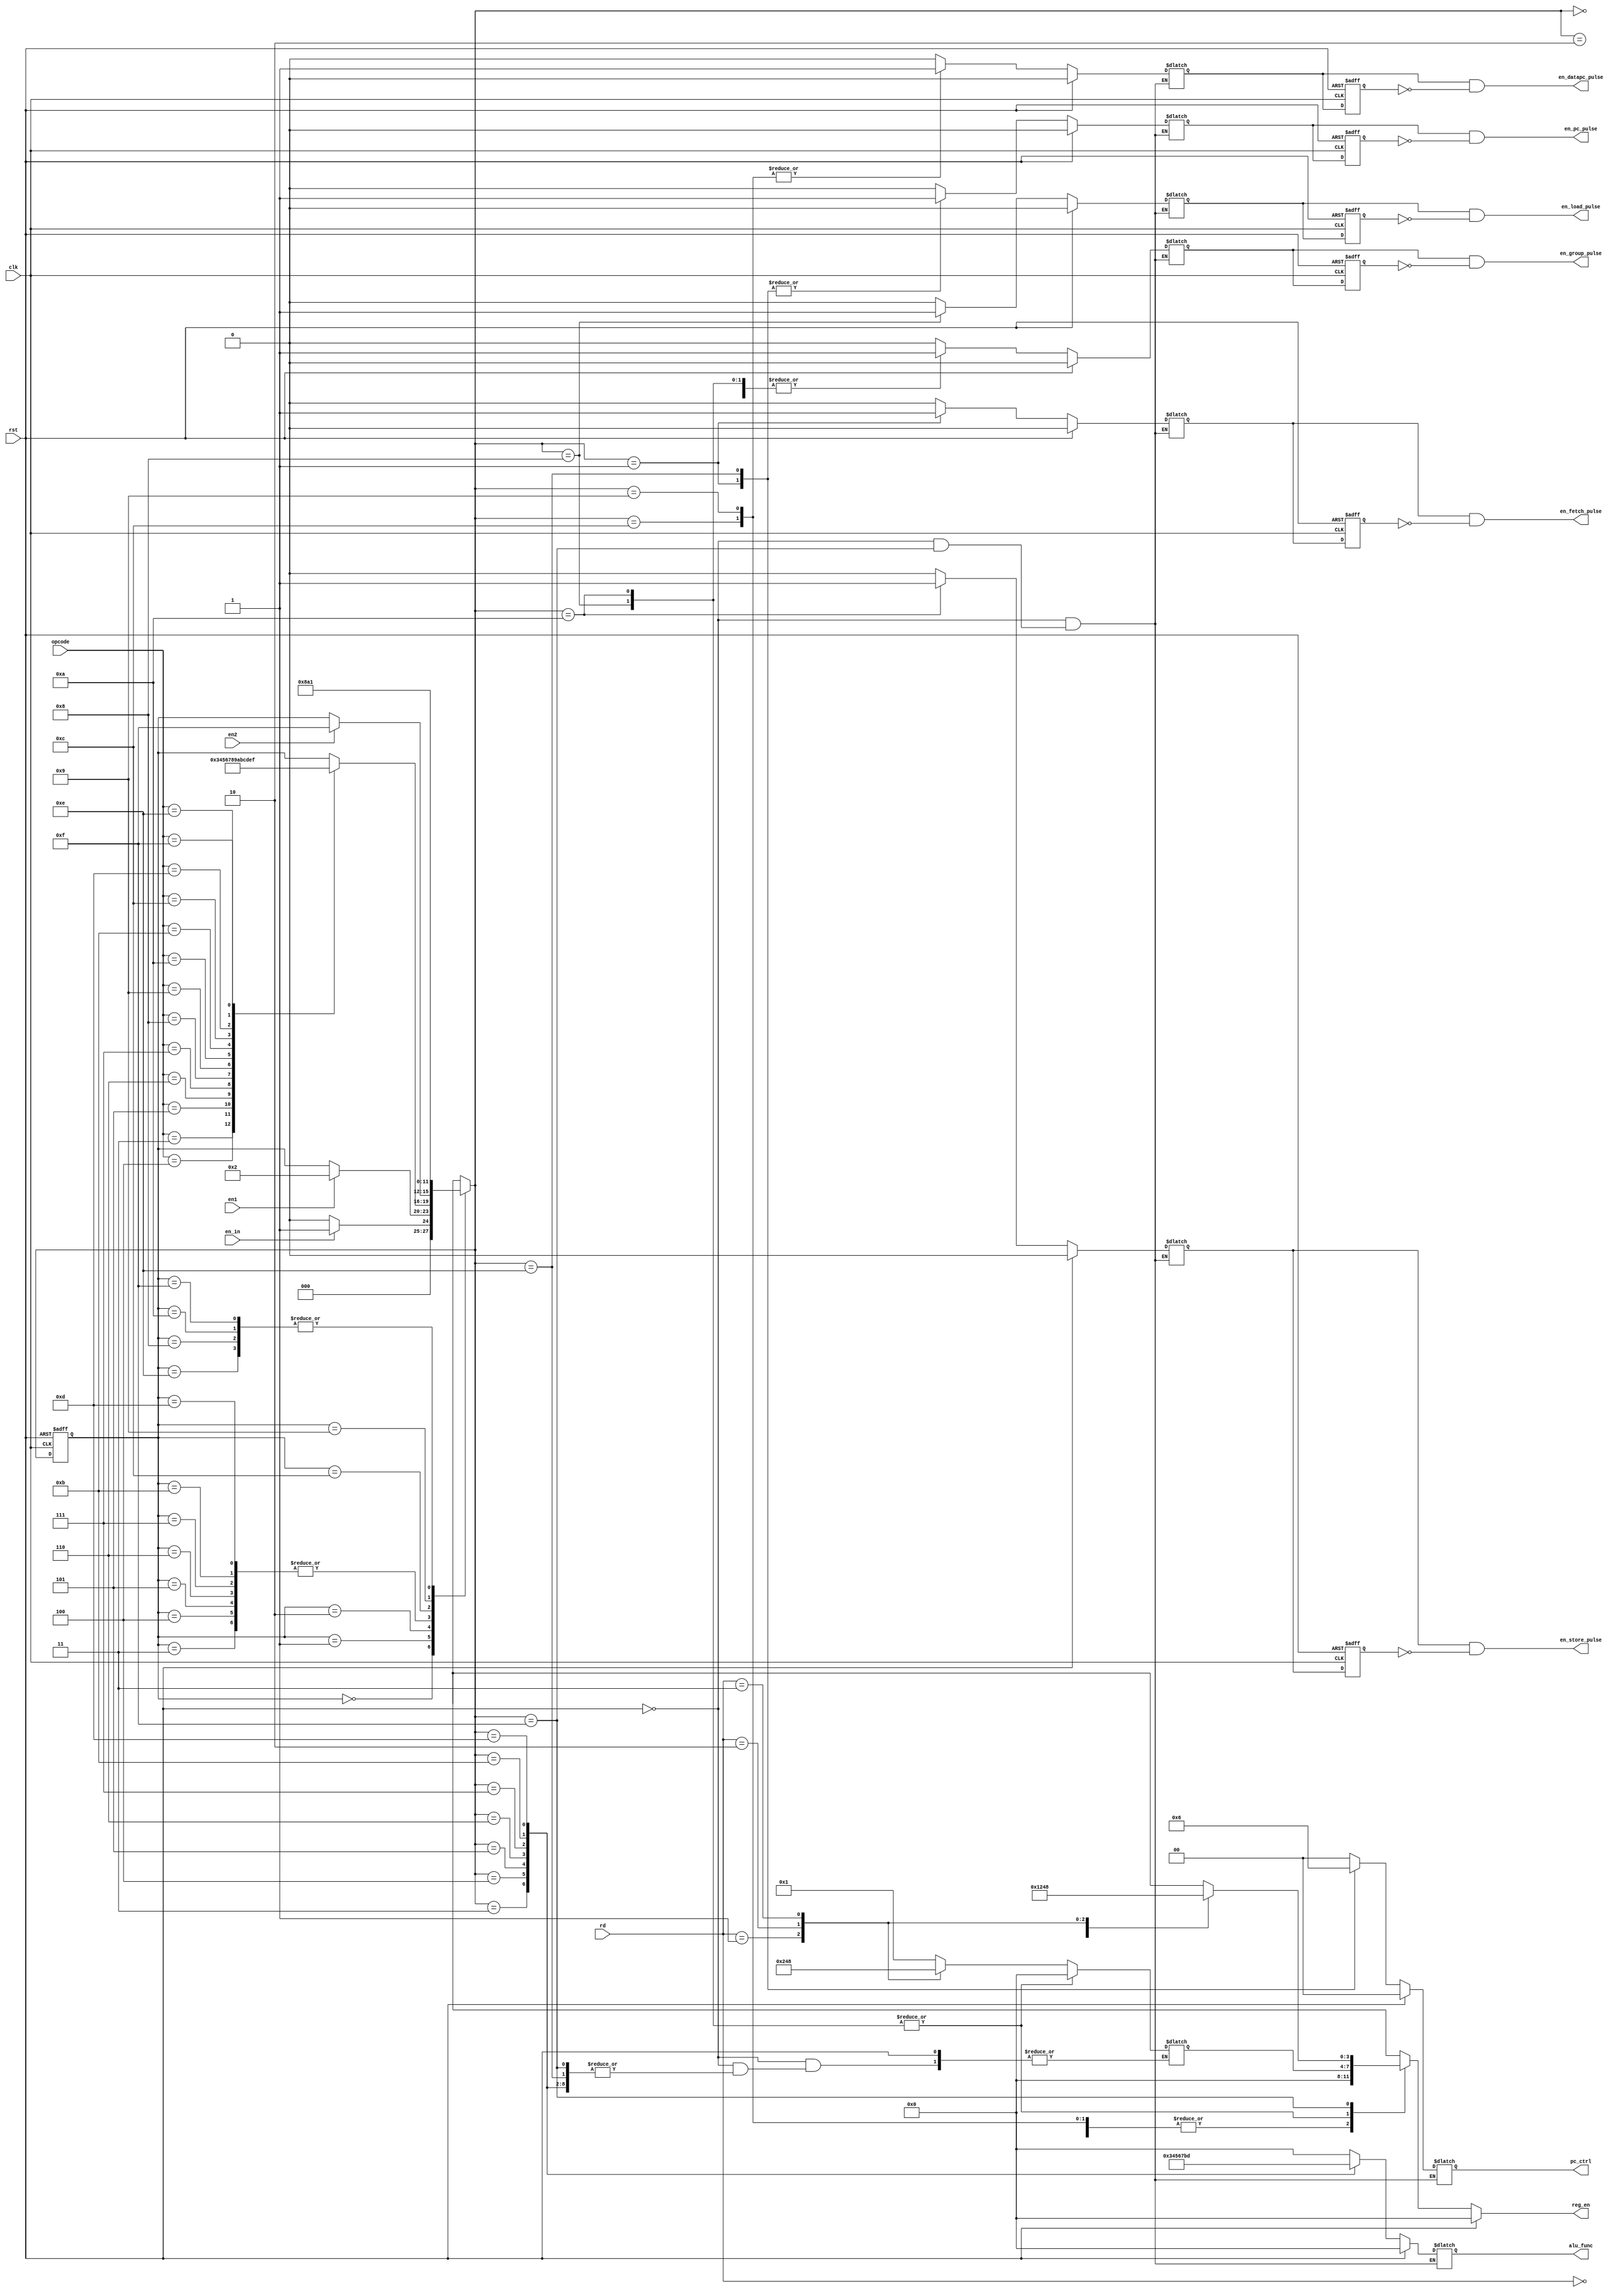
`timescale 1ns / 1ps
//////////////////////////////////////////////////////////////////////////////////
// Company:
// Engineer:
//
// Design Name:
// Module Name: state_transition
// Project Name:
// Target Devices:
// Tool Versions:
// Description:
//
// Dependencies:
//
// Revision:
// Revision 0.01 - File Created
// Additional Comments:
//
//////////////////////////////////////////////////////////////////////////////////


module state_transition(clk,
                        rst,
                        en_in,
                        en1,
                        en2,
                        rd,
                        opcode,
                        en_fetch_pulse,
                        en_group_pulse,
                        en_pc_pulse,
                        en_datapc_pulse,
                        en_load_pulse,
                        en_store_pulse,
                        pc_ctrl,
                        reg_en,
                        alu_func
                        );
    input clk,rst;
    input en_in;
    input en1;
    input en2;
    input [1:0] rd;
    input [3:0] opcode;
    output reg en_load_pulse;
    output reg en_store_pulse;
    output reg en_fetch_pulse;
    output reg en_group_pulse;
    output reg en_pc_pulse;
    output reg en_datapc_pulse;
    output reg [1:0] pc_ctrl;
    output reg [3:0] reg_en;
    output reg [3:0] alu_func;
    reg en_load_reg,en_load;//load
    reg en_store_reg,en_store;//store
    reg en_fetch_reg,en_fetch;//fetch
    reg en_group_reg,en_group;
    reg en_pc_reg,en_pc;
    reg en_datapc_reg,en_datapc;
    reg [3:0] current_state,next_state;
    reg [3:0] stateofreg_en;//loadreg_en
    
    

    parameter Initial       = 4'b0000;//0
    parameter Fetch         = 4'b0001;//1
    parameter Decode        = 4'b0010;//2
    parameter Execute_Mov = 4'b0011;//3     
    parameter Execute_Add   = 4'b0100;//4
    parameter Execute_Sub   = 4'b0101;//5
    parameter Execute_Mul  = 4'b0110;//6
    parameter Execute_Div    = 4'b0111;//7
    parameter Execute_GetDataAndLoad  = 4'b1000;//8,GetDataAndLoad

    parameter Execute_Store  = 4'b1001;//9,store
    parameter Execute_GetDataAndStore  = 4'b1010;//a,GetDataAndStore
    parameter Execute_Comp = 4'b1011;//b
    parameter Execute_Load   = 4'b1100;//c,load
    parameter Execute_rs   = 4'b1101;//d
    parameter Execute_Jump =4'b1110;//e,jump
    parameter Write_back    = 4'b1111;//f
    
    always @ (posedge clk or posedge rst) begin
        if (rst)
            current_state <= Initial;
        else
            current_state <= next_state;
    end
    
    always @ (current_state or en_in or en1 or en2 or opcode) begin
        case (current_state)
            Initial: begin
                if (en_in)
                    next_state = Fetch;
                else
                    next_state = Initial;
            end
            Fetch: begin
                if (en1)
                    next_state = Decode;
                else
                    next_state = current_state;
            end
            Decode: begin
                case(opcode)
                    4'b0011: next_state = Execute_Mov;
                    4'b0100: next_state = Execute_Add;
                    4'b0101: next_state = Execute_Sub;
                    4'b0110: next_state = Execute_Mul;
                    4'b0111: next_state = Execute_Div;
                    4'b1000: next_state = Execute_GetDataAndLoad;
                    
                    4'b1001: next_state = Execute_Store;
                    4'b1010: next_state = Execute_GetDataAndStore;
                    4'b1011: next_state = Execute_Comp;
                    4'b1100: next_state = Execute_Load;
                    4'b1101: next_state = Execute_rs;
                    4'b1110: next_state=Execute_Jump;
                    4'b1111: next_state=Write_back;
                    
                    default: next_state = current_state;
                endcase
            end
            Execute_Mov: begin
                if (en2)
                    next_state = Write_back;
                else
                    next_state = current_state;
            end
            Execute_Add: begin
                if (en2)
                    next_state = Write_back;
                else
                    next_state = current_state;
            end
            Execute_Sub: begin
                if (en2)
                    next_state = Write_back;
                else
                    next_state = current_state;
            end
            Execute_Mul: begin
                if (en2)
                    next_state = Write_back;
                else
                    next_state = current_state;
            end
            Execute_Div: begin
                if (en2)
                    next_state = Write_back;
                else
                    next_state = current_state;
            end
            
            Execute_Comp:begin
                if (en2)
                    next_state = Write_back;
                else
                    next_state = current_state;
            end
            
            Execute_rs:begin
                if (en2)
                    next_state = Write_back;
                else
                    next_state = current_state;
            end

            Execute_Jump: next_state = Fetch;
            Execute_Load: next_state = Execute_GetDataAndLoad;
            Execute_GetDataAndLoad: next_state = Fetch;
            Execute_Store: next_state =Execute_GetDataAndStore;
            Execute_GetDataAndStore: next_state = Fetch;
            Write_back: next_state   = Fetch;
            default: next_state      = current_state;
        endcase
    end
    
    always @ (rst or next_state or rd) begin
        if (rst) begin
            en_fetch   = 1'b0;
            en_group   = 1'b0;
            en_pc      = 1'b0;
            pc_ctrl    = 2'b00;
            en_datapc  = 1'b0;
            reg_en     = 4'b0000;
            alu_func   = 4'b0000;
            en_load     =1'b0;
            en_store   =1'b0;
        end
        else begin
            case (next_state)
                Initial: begin
                    en_fetch   = 1'b0;
                    en_group   = 1'b0;
                    en_pc      = 1'b0;
                    pc_ctrl    = 2'b00;
                    en_datapc  = 1'b0;
                    reg_en     = 4'b0000;
                    alu_func   = 4'b0000;
                    en_load     =1'b0;
                    en_store   =1'b0;
                    
                end
                Fetch: begin
                    en_fetch   = 1'b1;
                    en_group   = 1'b0;
                    en_pc      = 1'b1;
                    pc_ctrl    = 2'b01;
                    en_datapc  = 1'b0;
                    reg_en     = 4'b0000;
                    alu_func   = 4'b0000;
                    en_load     =1'b0;
                    en_store   =1'b0;

                    
                end
                Decode: begin
                    en_fetch   = 1'b0;
                    en_group   = 1'b0;
                    en_pc      = 1'b0;
                    pc_ctrl    = 2'b00;
                    en_datapc  = 1'b0;
                    reg_en     = 4'b0000;
                    alu_func   = 4'b0000;
                    en_load     =1'b0;
                    en_store   =1'b0;
                    
                end
                Execute_Mov: begin
                    en_fetch   = 1'b0;
                    en_group   = 1'b1;//
                    en_pc      = 1'b0;
                    pc_ctrl    = 2'b00;
                    en_datapc  = 1'b0;
                    reg_en     = 4'b0000;
                    alu_func   = 4'b0011;
                    en_load     =1'b0;
                    en_store   =1'b0;

                end
                Execute_Add: begin
                    en_fetch   = 1'b0;
                    en_group   = 1'b1;
                    en_pc      = 1'b0;
                    pc_ctrl    = 2'b00;
                    en_datapc  = 1'b0;
                    reg_en     = 4'b0000;
                    alu_func   = 4'b0100;
                    en_load     =1'b0;
                    en_store   =1'b0;
                end
                Execute_Sub: begin
                    en_fetch   = 1'b0;
                    en_group   = 1'b1;
                    en_pc      = 1'b0;
                    pc_ctrl    = 2'b00;
                    en_datapc  = 1'b0;
                    reg_en     = 4'b0000;
                    alu_func   = 4'b0101;
                    en_load     =1'b0;
                    en_store   =1'b0;
                    
                end
                Execute_Mul: begin
                    en_fetch   = 1'b0;
                    en_group   = 1'b1;
                    en_pc      = 1'b0;
                    pc_ctrl    = 2'b00;
                    en_datapc  = 1'b0;
                    reg_en     = 4'b0000;
                    alu_func   = 4'b0110;
                    en_load     =1'b0;
                    en_store   =1'b0;
                end
                
                Execute_Div: begin
                    en_fetch   = 1'b0;
                    en_group   = 1'b1;
                    en_pc      = 1'b0;
                    pc_ctrl    = 2'b00;
                    en_datapc  = 1'b0;
                    reg_en     = 4'b0000;
                    alu_func   = 4'b0111;
                    en_load     =1'b0;
                    en_store   =1'b0;
                end
                
                Execute_Comp: begin
                    en_fetch   = 1'b0;
                    en_group   = 1'b1;
                    en_pc      = 1'b0;
                    pc_ctrl    = 2'b00;
                    en_datapc  = 1'b0;
                    reg_en     = 4'b0000;
                    alu_func   = 4'b1011;
                    en_load     =1'b0;
                    en_store   =1'b0;
                end
                               
                Execute_rs: begin
                    en_fetch   = 1'b0;
                    en_group   = 1'b1;
                    en_pc      = 1'b0;
                    pc_ctrl    = 2'b00;
                    en_datapc  = 1'b0;
                    reg_en     = 4'b0000;
                    alu_func   = 4'b1101;
                    en_load     =1'b0;
                    en_store   =1'b0;
                end
                
                Execute_Jump: begin
                    en_fetch   = 1'b0;
                    en_group   = 1'b1;
                    en_pc      = 1'b1;//fetchpc
                    pc_ctrl    = 2'b10;//
                    en_datapc  = 1'b0;
                    reg_en     = 4'b0000;
                    alu_func   = 4'b0000;//alu
                    en_load     =1'b0;
                    en_store   =1'b0;                   
                end

                Execute_Load: begin //loadramrdGetDataAndLoad
                    en_fetch   = 1'b0;
                    en_load     =1'b0;//en_load
                    en_store   =1'b0;
                    en_group   = 1'b0;
                    en_pc      = 1'b0;//pc
                    pc_ctrl    = 2'b00;
                    en_datapc  = 1'b1; //datapcram     
                    reg_en     = 4'b0000;
                    case(rd)
                            2'b00: stateofreg_en   = 4'b0001;
                            2'b01: stateofreg_en   = 4'b0010;
                            2'b10: stateofreg_en   = 4'b0100;
                            2'b11: stateofreg_en   = 4'b1000;
                        default: stateofreg_en = 4'b0000;
                        endcase//reg_enGetDataAndLoad                                       
                    alu_func   = 4'b0000;//alu
                    
                end

                Execute_GetDataAndLoad: begin   
                    en_fetch   = 1'b0;//
                    en_load     =1'b1;//
                    en_store   =1'b0;
                    en_group   = 1'b1;//
                    en_pc      = 1'b0;//pc
                    pc_ctrl    = 2'b00;
                    en_datapc  = 1'b0; //datapc
                    reg_en     = stateofreg_en;//loadreg_en
                    stateofreg_en=4'b0000;//stateofreg_en
                    alu_func   = 4'b0000;//alu
                    
                end  

                Execute_Store: begin //StoreramrdGetDataAndStore
                    en_fetch   = 1'b0;
                    en_load     =1'b0;
                    en_store   =1'b0;//en_store
                    en_group   = 1'b0;
                    en_pc      = 1'b0;//pc
                    pc_ctrl    = 2'b00;
                    en_datapc  = 1'b1; //datapcram     
                    reg_en     = 4'b0000;
                    case(rd)
                            2'b00: stateofreg_en   = 4'b0001;
                            2'b01: stateofreg_en   = 4'b0010;
                            2'b10: stateofreg_en   = 4'b0100;
                            2'b11: stateofreg_en   = 4'b1000;
                        default: stateofreg_en = 4'b0000;
                        endcase//reg_enGetDataAndStore                                       
                    alu_func   = 4'b0000;//alu
                    
                end    

                Execute_GetDataAndStore: begin   
                    en_fetch   = 1'b0;//
                    en_load     =1'b0;
                    en_store   =1'b1;//ram
                    en_group   = 1'b1;//
                    en_pc      = 1'b0;//pc
                    pc_ctrl    = 2'b00;
                    en_datapc  = 1'b0; //datapc
                    reg_en     = stateofreg_en;//Storereg_en
                    stateofreg_en=4'b0000;//stateofreg_en
                    alu_func   = 4'b0000;//alu
                    
                end             
        
                Write_back: begin
                    case(rd)
                        2'b00: reg_en   = 4'b0001;
                        2'b01: reg_en   = 4'b0010;
                        2'b10: reg_en   = 4'b0100;
                        2'b11: reg_en   = 4'b1000;
                        default: reg_en = 4'b0000;
                    endcase
                end
                
                default: begin
                    en_fetch   = 1'b0;
                    en_group   = 1'b0;
                    en_pc      = 1'b0;
                    pc_ctrl    = 2'b00;
                    en_datapc  = 1'b0;
                    reg_en     = 4'b0000;
                    alu_func   = 4'b0000;
                    en_load     =1'b0;
                    en_store   =1'b0;
                end
            endcase
        end
    end
    
    always @ (posedge clk or posedge rst) begin
        if (rst) begin
            en_fetch_reg <= 1'b0;
            en_pc_reg    <= 1'b0;
            en_group_reg <= 1'b0;
            en_load_reg   <= 1'b0;
            en_store_reg <= 1'b0;
            en_datapc_reg <= 1'b0;
        end
        else begin
            en_fetch_reg <= en_fetch;
            en_pc_reg    <= en_pc;
            en_group_reg <= en_group;
            en_load_reg   <= en_load;
            en_store_reg <= en_store;
            en_datapc_reg <= en_datapc;
        end
    end
    
    always @ (en_fetch or en_fetch_reg)
        en_fetch_pulse = en_fetch & (~en_fetch_reg);
    
    always @ (en_pc_reg or en_pc)
        en_pc_pulse = en_pc & (~en_pc_reg);

    always @ (en_datapc_reg or en_datapc)
        en_datapc_pulse = en_datapc & (~en_datapc_reg);

    always @ (en_group_reg or en_group)
        en_group_pulse = en_group & (~en_group_reg);

    always @ (en_load or en_load_reg)
        en_load_pulse = en_load & (~en_load_reg);

    always @ (en_store or en_store_reg)
        en_store_pulse = en_store & (~en_store_reg);   
    
endmodule